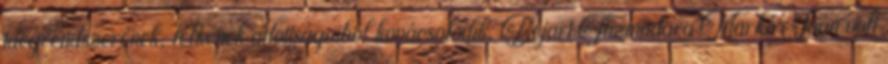
idegrendszerének, lelkének adottságaiból kovácsolódik. Béjart Tűzmadara Markó Iván volt